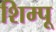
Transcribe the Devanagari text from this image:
शिम्पू